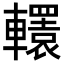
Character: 𨏙